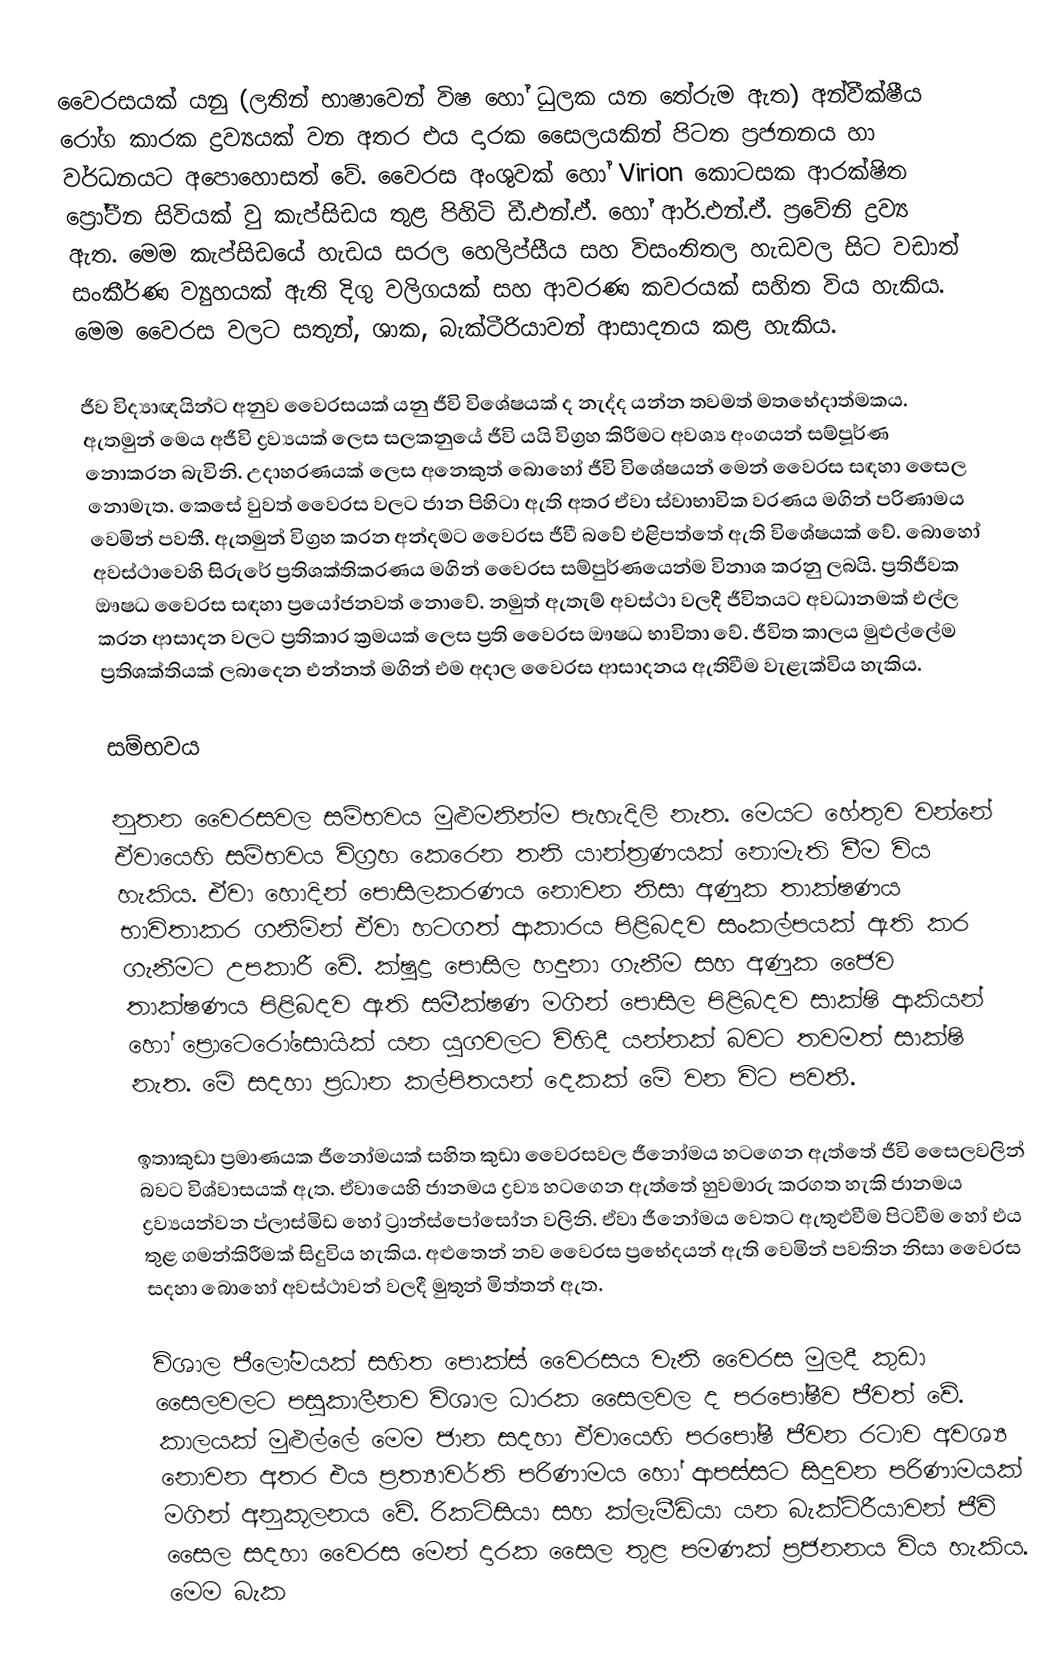
වෛරසයක් යනු (ලතින් භාෂාවෙන් විෂ හෝ ධුලක යන තේරුම ඇත) අන්වීක්ෂීය රෝග කාරක ද්‍රව්‍යයක් වන අතර එය දාරක සෛලයකින් පිටත ප්‍රජනනය හා වර්ධනයට අපොහොසත් වේ. වෛරස අංශුවක් හෝ Virion කොටසක ආරක්ෂිත ප්‍රෝටීන සිවියක් වු කැප්සිඩය තුළ පිහිටි ඩී.එන්.ඒ. හෝ ආර්.එන්.ඒ. ප්‍රවේනි ද්‍රව්‍ය ඇත. මෙම කැප්සිඩයේ හැඩය සරල හෙලිප්සීය සහ විසංතිතල හැඩවල සිට වඩාත් සංකීර්ණ ව්‍යුහයක් ඇති දිගු වලිගයක් සහ ආවරණ කවරයක් සහිත විය හැකිය. මෙම වෛරස වලට සතුන්, ශාක, බැක්ටීරියාවන් ආසාදනය කළ හැකිය.

ජීව විද්‍යාඥයින්ට අනුව වෛරසයක් යනු ජීවි විශේෂයක් ද නැද්ද යන්න තවමත් මතභේදාත්මකය. ඇතමුන් මෙය අජීවි ද්‍රව්‍යයක් ලෙස සලකනුයේ ජීවි යයි විග්‍රහ කිරීමට අවශ්‍ය අංගයන් සම්පූර්ණ නොකරන බැවිනි. උදාහරණයක් ලෙස අනෙකුත් බොහෝ ජීවි විශේෂයන් මෙන් වෛරස සඳහා සෛල නොමැත. කෙසේ වුවත් වෛරස වලට ජාන පිහිටා ඇති අතර ඒවා ස්වාභාවික වරණය මගින් පරිණාමය වෙමින් පවතී. ඇතමුන් විග්‍රහ කරන අන්දමට වෛරස ජීවී බවේ එළිපත්තේ ඇති විශේෂයක් වේ. බොහෝ අවස්ථාවෙහි සිරුරේ ප්‍රතිශක්තිකරණය මගින් වෛරස සම්පුර්ණයෙන්ම විනාශ කරනු ලබයි. ප්‍රතිජීවක ඖෂධ වෛරස සඳහා ප්‍රයෝජනවත් නොවේ. නමුත් ඇතැම් අවස්ථා වලදී ජීවිතයට අවධානමක් එල්ල කරන ආසාදන වලට ප්‍රතිකාර ක්‍රමයක් ලෙස ප්‍රති වෛරස ඖෂධ භාවිතා වේ. ජීවිත කාලය මුළුල්ලේම ප්‍රතිශක්තියක් ලබාදෙන එන්නත් මගින් එම අදාල වෛරස ආසාදනය ඇතිවීම වැළැක්විය හැකිය.

සම්භවය

නුතන වෛරසවල සම්භවය මුළුමනින්ම පැහැදිලි නැත. මෙයට හේතුව වන්නේ ඒවායෙහි සම්භවය විග්‍රහ කෙරෙන තනි යාන්ත්‍රණයක් නොමැති වීම විය හැකිය. ඒවා හොදින් පොසිලකරණය නොවන නිසා අණුක තාක්ෂණය භාවිතාකර ගනිමින් ඒවා හටගත් ආකාරය පිළිබදව සංකල්පයක් ඇති කර ගැනීමට උපකාරී වේ. ක්ෂුද්‍ර පොසිල හදුනා ගැනීම සහ අණුක ජෛව තාක්ෂණය පිළිබදව ඇති සමීක්ෂණ මගින් පොසිල පිළිබදව සාක්ෂි ආකියන් හෝ ප්‍රොටෙරෝසොයික් යන යුගවලට විහිදී යන්නක් බවට තවමත් සාක්ෂි නැත. මේ සදහා ප්‍රධාන කල්පිතයන් දෙකක් මේ වන විට පවතී.

ඉතාකුඩා ප්‍රමාණයක ජීනෝමයක් සහිත කුඩා වෛරසවල ජීනෝමය හටගෙන ඇත්තේ ජීවි සෛලවලින් බවට විශ්වාසයක් ඇත. ඒවායෙහි ජානමය ද්‍රව්‍ය හටගෙන ඇත්තේ හුවමාරු කරගත හැකි ජානමය ද්‍රව්‍යයන්වන ප්ලාස්මිඩ හෝ ට්‍රාන්ස්පෝසෝන වලිනි. ඒවා ජීනෝමය වෙතට ඇතුළුවීම පිටවීම හෝ එය තුළ ගමන්කිරීමක් සිදුවිය හැකිය. අළුතෙන් නව වෛරස ප්‍රභේදයන් ඇති වෙමින් පවතින නිසා වෛරස සදහා බොහෝ අවස්ථාවන් වලදී මුතුන් මිත්තන් ඇත.

විශාල ජීලෝමයක් සහිත පොක්ස් වෛරසය වැනි වෛරස මුලදී කුඩා සෛලවලට පසුකාලීනව විශාල ධාරක සෛලවල ද පරපෝෂීව ජීවත් වේ. කාලයක් මුළුල්ලේ මෙම ජාන සදහා ඒවායෙහි පරපෝෂී ජීවන රටාව අවශ්‍ය නොවන අතර එය ප්‍රත්‍යාවර්ති පරිණාමය හෝ ආපස්සට සිදුවන පරිණාමයක් මගින් අනුකූලනය වේ. රිකට්සියා සහ ක්ලැමීඩියා යන බැක්ටිරීයාවන් ජීවි සෛල සදහා වෛරස මෙන් දාරක සෛල තුළ පමණක් ප්‍රජනනය විය හැකිය. මෙම බැක